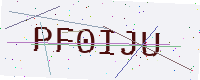
Text: PF0IJU